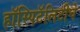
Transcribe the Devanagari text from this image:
हॉस्पिटॅलिटीचे